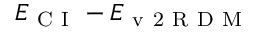
E _ { \mathrm { ~ C ~ I ~ } } - E _ { \mathrm { ~ v ~ 2 ~ R ~ D ~ M ~ } }